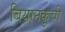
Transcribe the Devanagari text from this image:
बियानकुची